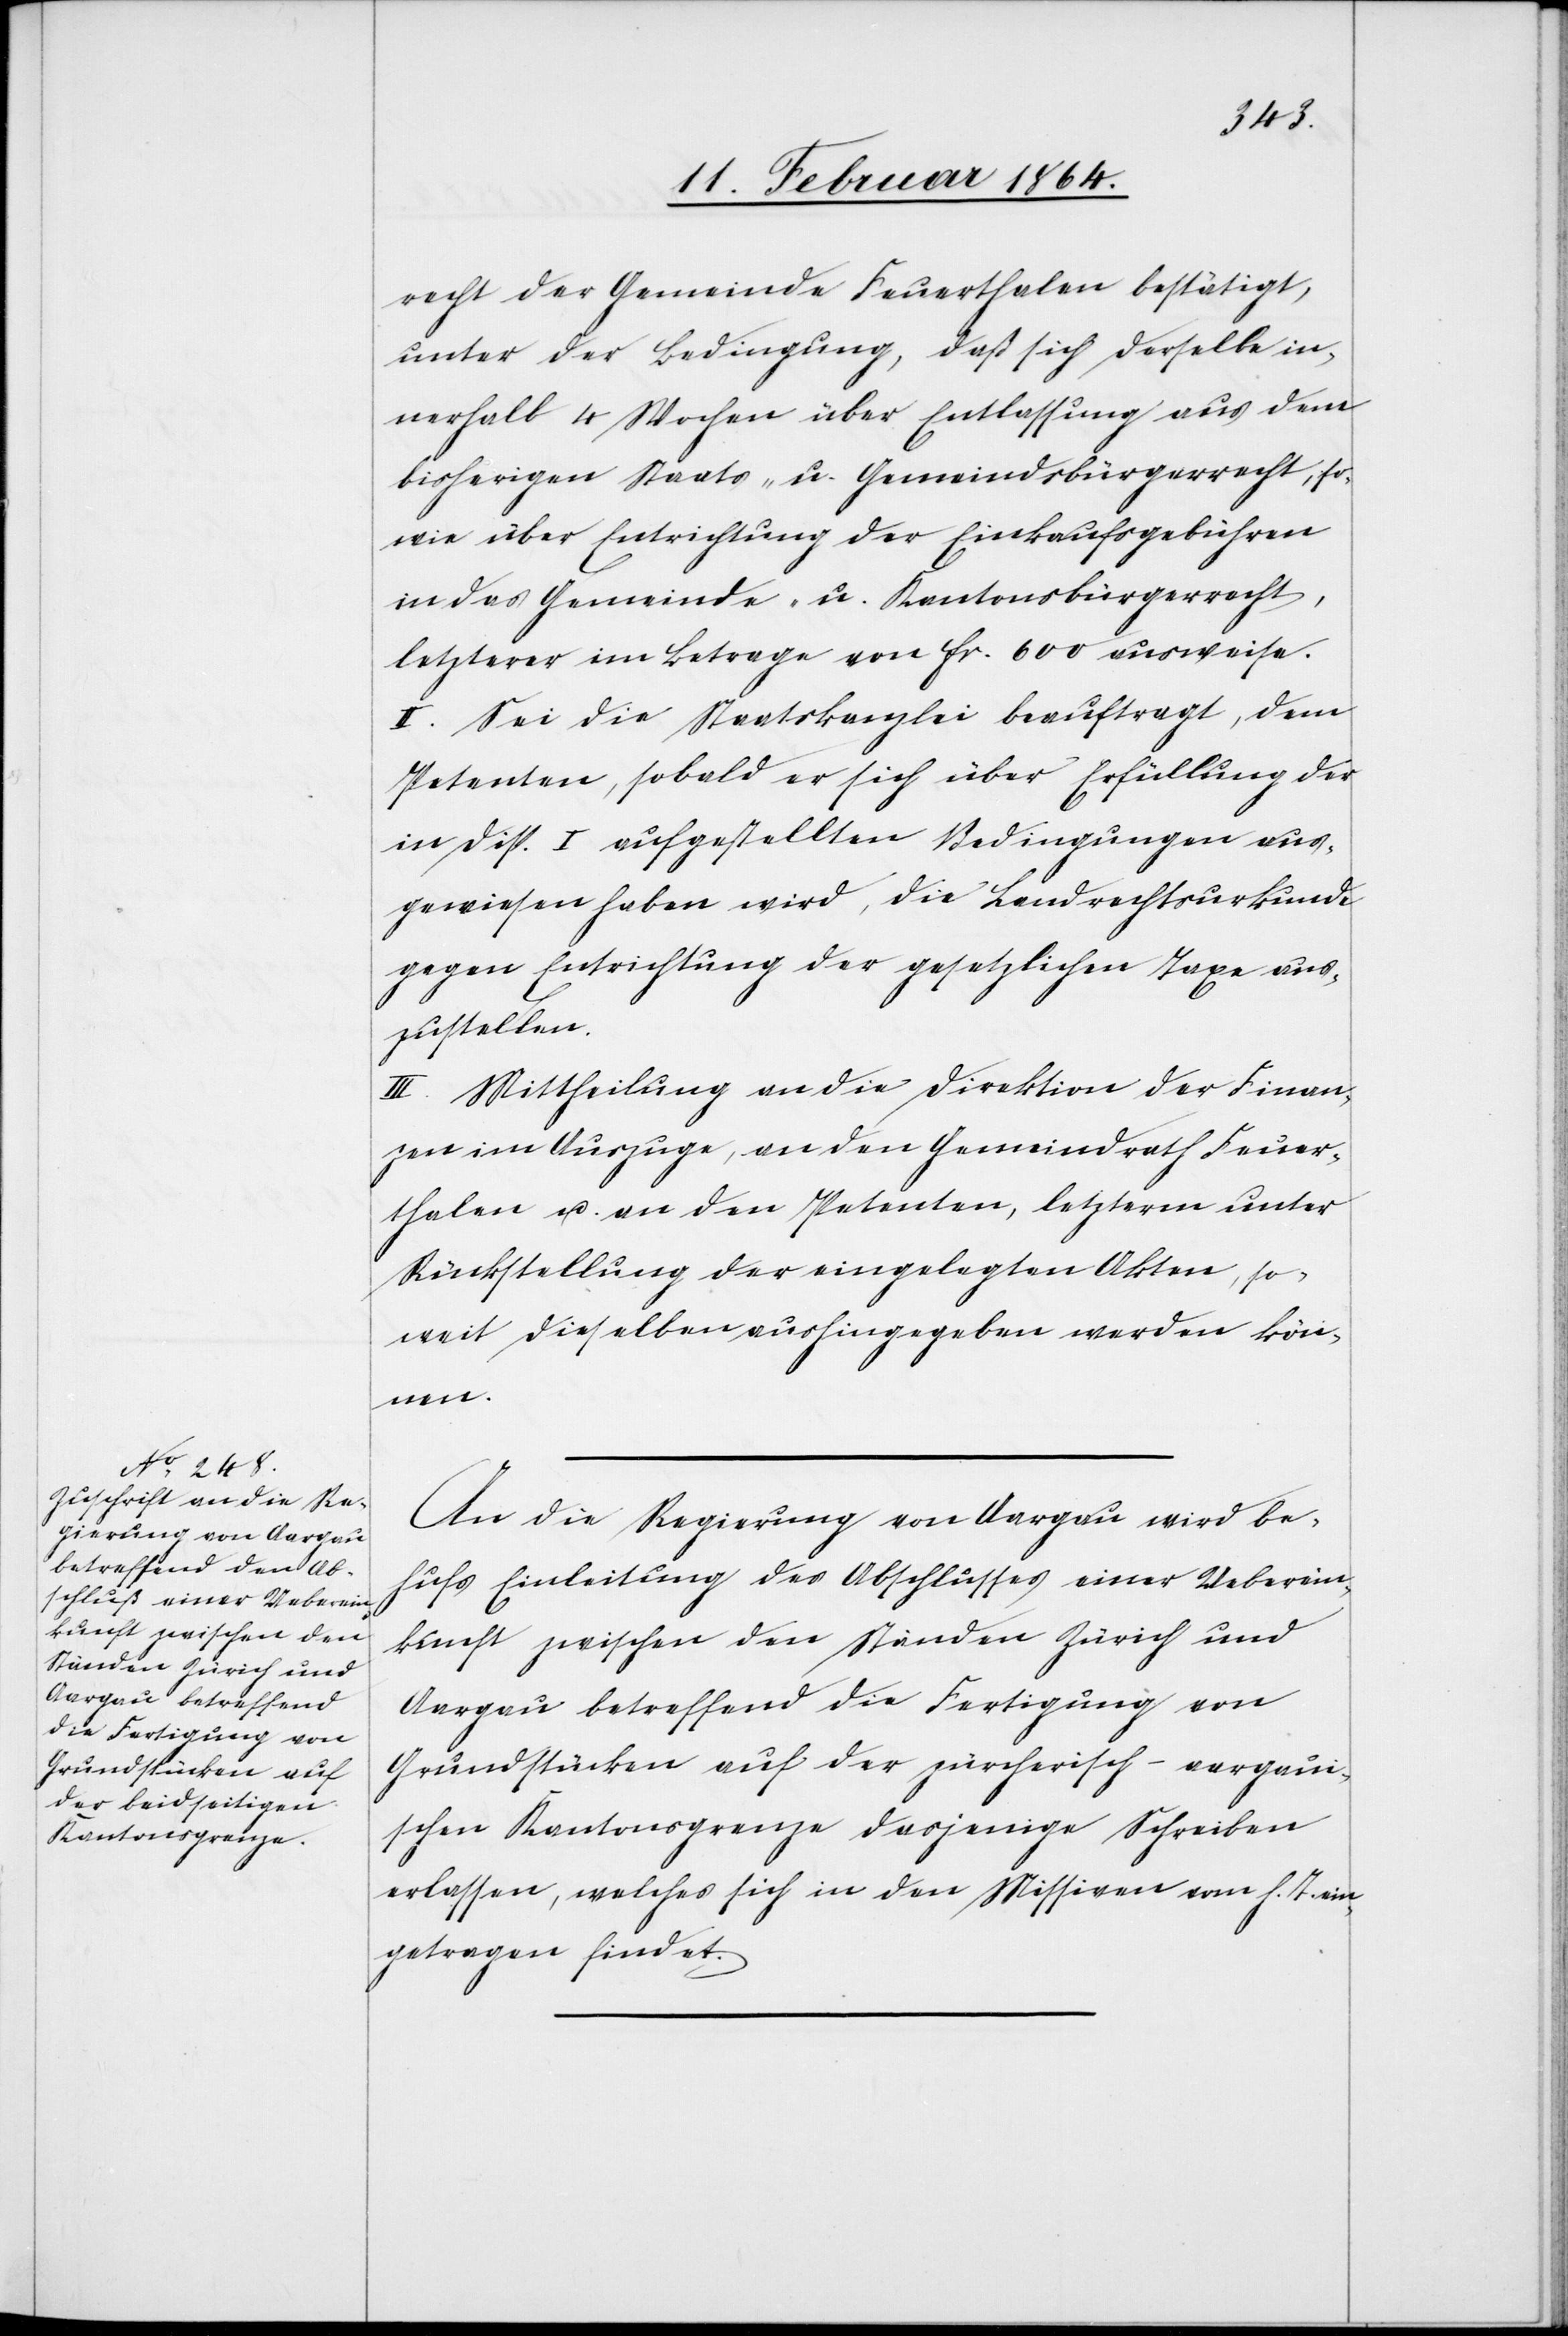
recht der Gemeinde Feuerthalen bestätigt,
unter der Bedingung, daß sich derselbe in¬
nerhalb 4 Wochen über Entlassung aus dem
bisherigen Staats- u. Gemeindsbürgerrecht, so¬
wie über Entrichtung der Einkaufsgebühren
in das Gemeinde- u. Kantonsbürgerrecht,
letzterer im Betrage von fr. 600 ausweise.
II. Sei die Staatskanzlei beauftragt, dem
Petenten, sobald er sich über Erfüllung der
in Disp. I aufgestellten Bedingungen aus¬
gewiesen haben wird, die Landrechtsurkunde
gegen Entrichtung der gesetzlichen Taxe aus¬
zustellen.
III. Mittheilung an die Direktion der Finan¬
zen im Auszuge, an den Gemeindrath Feuer¬
thalen u. an den Petenten, letzterm unter
Rückstellung der eingelegten Akten, so¬
weit dieselben aushingegeben werden kön¬
nen.
An die Regierung von Aargau wird be¬
hufs Einleitung des Abschlusses einer Ueberein¬
kunft zwischen den Ständen Zürich und
Aargau betreffend die Fertigung von
Grundstücken auf der zürcherisch-aargaui¬
schen Kantonsgrenze dasjenige Schreiben
erlassen, welches sich in den Missiven vom h. T. ein¬
getragen findet.